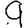
Digit: 9